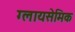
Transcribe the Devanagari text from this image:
ग्लायसेमिक